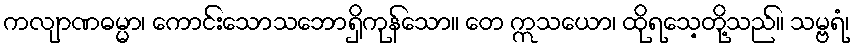
ကလျာဏဓမ္မာ၊ ကောင်းသောသဘောရှိကုန်သော။ တေ ဣသယော၊ ထိုရသေ့တို့သည်။ သမ္ဗရံ၊